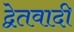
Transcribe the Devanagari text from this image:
द्वेतवादी